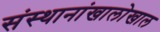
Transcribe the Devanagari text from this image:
संस्थानांखालोखाल